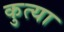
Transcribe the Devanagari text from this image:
कुत्या